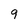
Character: 9